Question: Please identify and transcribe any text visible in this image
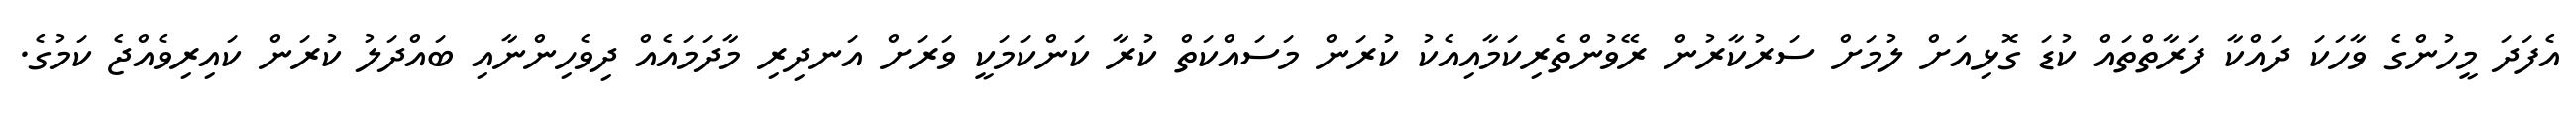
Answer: އެފަދަ މީހުންގެ ވާހަކަ ދައްކާ ފަރާތްތައް ކުޑަ ގޮޅިއަށް ލުމަށް ސަރުކާރުން ރޭވުންތެރިކަމާއިއެކު ކުރަން މަސައްކަތް ކުރާ ކަންކަމަކީ ވަރަށް އަނދިރި މާދަމައެއް ދިވެހިންނާއި ބައްދަލު ކުރަން ކައިރިވެއްޖެ ކަމުގެ.